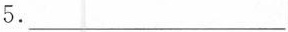
5.___